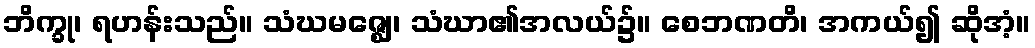
ဘိက္ခု၊ ရဟန်းသည်။ သံဃမဇ္ဈေ၊ သံဃာ၏အလယ်၌။ စေဘဏတိ၊ အကယ်၍ ဆိုအံ့။